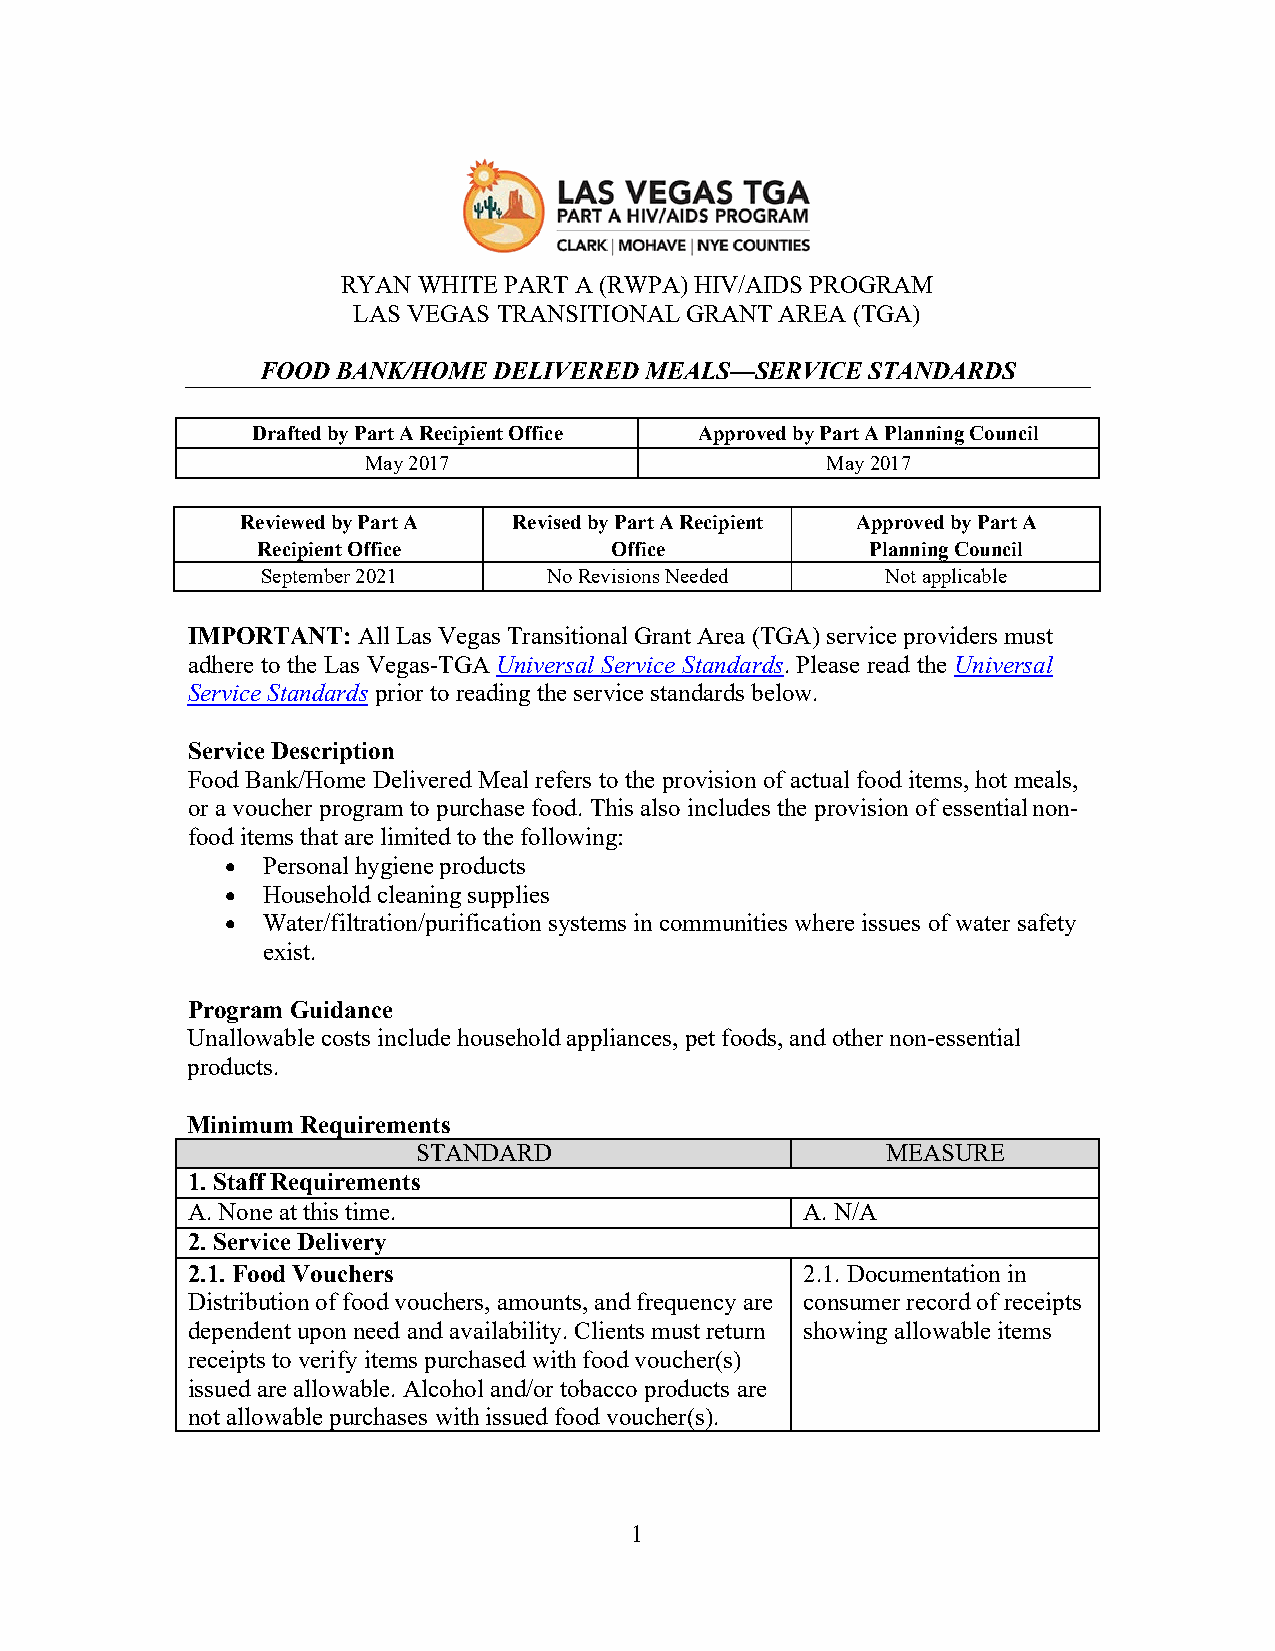
RYAN WHITE PART A (RWPA) HIV/AIDS PROGRAM
 LAS VEGAS TRANSITIONAL GRANT AREA (TGA)
 FOOD BANK/HOME  DELIVERED MEALS—SERVICE STANDARDS
 Drafted by Part A Recipient Office Approved by Part A Planning Council
 May 2017                       May 2017
 Reviewed by Part A Revised by Part A Recipient Approved by Part A
 Recipient Office       Office            Planning Council
 September 2021     No Revisions Needed    Not applicable
 IMPORTANT:  All Las Vegas Transitional Grant Area (TGA) service providers must
 adhere to the Las Vegas-TGA Universal Service Standards. Please read the Universal
 Service Standards prior to reading the service standards below.
 Service Description
 Food Bank/Home Delivered Meal refers to the provision of actual food items, hot meals,
 or a voucher program to purchase food. This also includes the provision of essential non-
 food items that are limited to the following:
 • Personal hygiene products
 • Household cleaning supplies
 • Water/filtration/purification systems in communities where issues of water safety
 exist.
 Program Guidance
 Unallowable costs include household appliances, pet foods, and other non-essential
 products.
 Minimum Requirements
 STANDARD                       MEASURE
 1. Staff Requirements
 A. None at this time.                    A. N/A
 2. Service Delivery
 2.1. Food Vouchers                       2.1. Documentation in
 Distribution of food vouchers, amounts, and frequency are consumer record of receipts
 dependent upon need and availability. Clients must return showing allowable items
 receipts to verify items purchased with food voucher(s)
 issued are allowable. Alcohol and/or tobacco products are
 not allowable purchases with issued food voucher(s).
 1